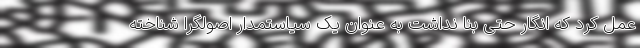
عمل کرد که انگار حتی بنا نداشت به عنوان یک سیاستمدار اصولگرا شناخته